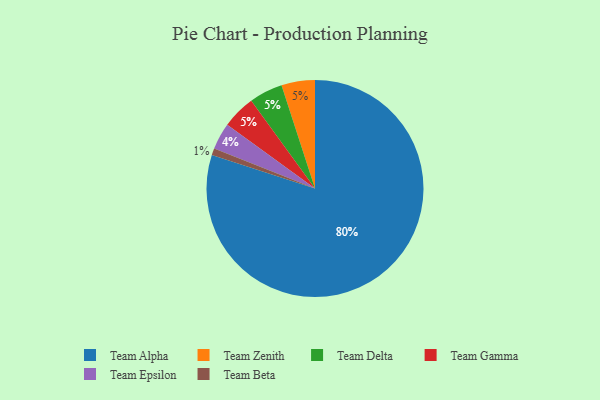
{"axis": {"x": "Category", "y": "Percentage"}, "legend": ["Team Alpha", "Team Beta", "Team Delta", "Team Epsilon", "Team Gamma", "Team Zenith"], "data": [{"x": "Team Zenith", "y": 5, "type": "Team Zenith"}, {"x": "Team Beta", "y": 1, "type": "Team Beta"}, {"x": "Team Epsilon", "y": 4, "type": "Team Epsilon"}, {"x": "Team Alpha", "y": 80, "type": "Team Alpha"}, {"x": "Team Delta", "y": 5, "type": "Team Delta"}, {"x": "Team Gamma", "y": 5, "type": "Team Gamma"}]}